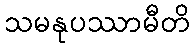
သမနုပဿာမီတိ